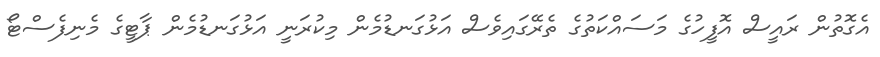
އެގޮތުން ރައީސް އޮފީހުގެ މަސައްކަތުގެ ތެރޭގައިވެސް އަޅުގަނޑުމެން މިކުރަނީ އަޅުގަނޑުމެން ޕާޓީގެ މެނިފެސްޓޯ